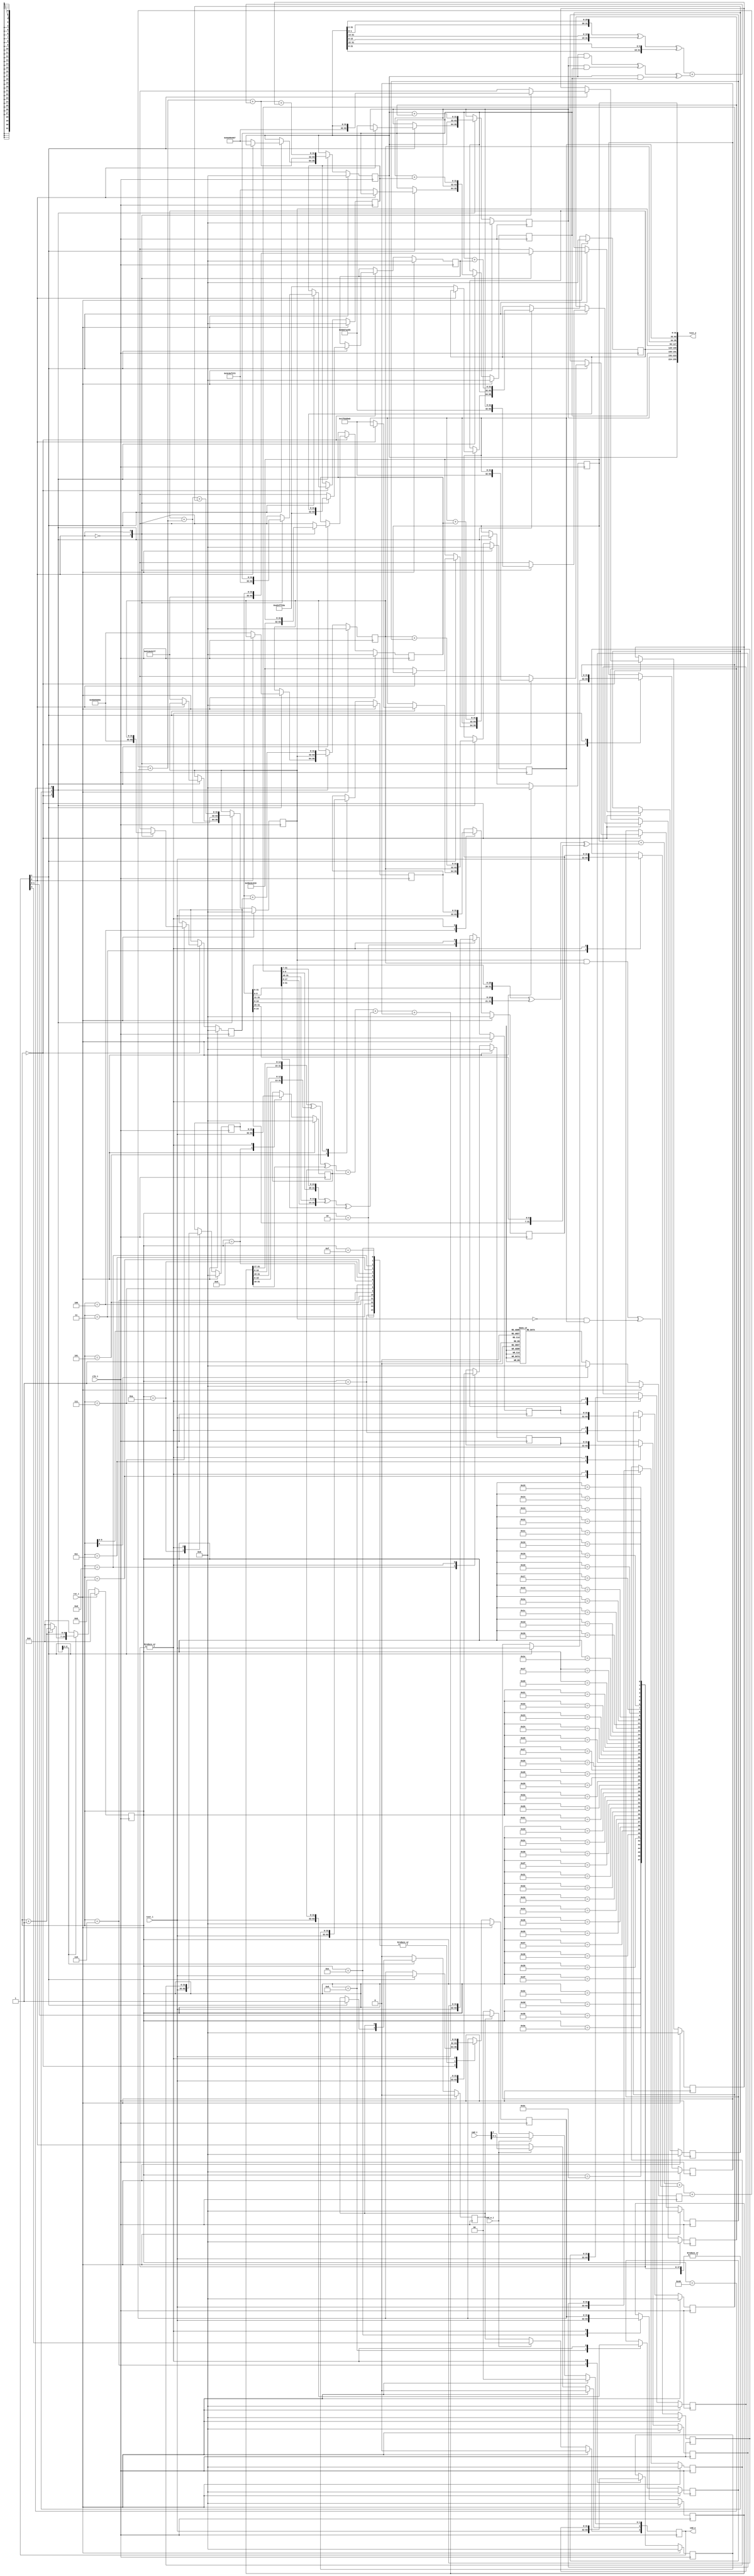
/////////////////////////////////////////////////////////////////////
////                                                             ////
////  SHA-256                                                    ////
////  Secure Hash Algorithm (SHA-256)                            ////
////                                                             ////
////          marsgod@opencores.org                              ////
////                                                             ////
////                                                             ////
////  Downloaded from: http://www.opencores.org/cores/sha_core/  ////
////                                                             ////
/////////////////////////////////////////////////////////////////////
////                                                             ////
//// Copyright (C) 2000-2002 marsgod                             ////
////                         marsgod@opencores.org               ////
////                                                             ////
////                                                             ////
//// This source file may be used and distributed without        ////
//// restriction provided that this copyright statement is not   ////
//// removed from the file and that any derivative work contains ////
//// the original copyright notice and the associated disclaimer.////
////                                                             ////
////     THIS SOFTWARE IS PROVIDED ``AS IS'' AND WITHOUT ANY     ////
//// EXPRESS OR IMPLIED WARRANTIES, INCLUDING, BUT NOT LIMITED   ////
//// TO, THE IMPLIED WARRANTIES OF MERCHANTABILITY AND FITNESS   ////
//// FOR A PARTICULAR PURPOSE. IN NO EVENT SHALL THE AUTHOR      ////
//// OR CONTRIBUTORS BE LIABLE FOR ANY DIRECT, INDIRECT,         ////
//// INCIDENTAL, SPECIAL, EXEMPLARY, OR CONSEQUENTIAL DAMAGES    ////
//// (INCLUDING, BUT NOT LIMITED TO, PROCUREMENT OF SUBSTITUTE   ////
//// GOODS OR SERVICES; LOSS OF USE, DATA, OR PROFITS; OR        ////
//// BUSINESS INTERRUPTION) HOWEVER CAUSED AND ON ANY THEORY OF  ////
//// LIABILITY, WHETHER IN  CONTRACT, STRICT LIABILITY, OR TORT  ////
//// (INCLUDING NEGLIGENCE OR OTHERWISE) ARISING IN ANY WAY OUT  ////
//// OF THE USE OF THIS SOFTWARE, EVEN IF ADVISED OF THE         ////
//// POSSIBILITY OF SUCH DAMAGE.                                 ////
////                                                             ////
/////////////////////////////////////////////////////////////////////

`define SHA256_H0 32'h6a09e667
`define SHA256_H1 32'hbb67ae85
`define SHA256_H2 32'h3c6ef372
`define SHA256_H3 32'ha54ff53a
`define SHA256_H4 32'h510e527f
`define SHA256_H5 32'h9b05688c
`define SHA256_H6 32'h1f83d9ab
`define SHA256_H7 32'h5be0cd19

`define K00 32'h428a2f98
`define K01 32'h71374491
`define K02 32'hb5c0fbcf
`define K03 32'he9b5dba5
`define K04 32'h3956c25b
`define K05 32'h59f111f1
`define K06 32'h923f82a4
`define K07 32'hab1c5ed5
`define K08 32'hd807aa98
`define K09 32'h12835b01
`define K10 32'h243185be
`define K11 32'h550c7dc3
`define K12 32'h72be5d74
`define K13 32'h80deb1fe
`define K14 32'h9bdc06a7
`define K15 32'hc19bf174
`define K16 32'he49b69c1
`define K17 32'hefbe4786
`define K18 32'h0fc19dc6
`define K19 32'h240ca1cc
`define K20 32'h2de92c6f
`define K21 32'h4a7484aa
`define K22 32'h5cb0a9dc
`define K23 32'h76f988da
`define K24 32'h983e5152
`define K25 32'ha831c66d
`define K26 32'hb00327c8
`define K27 32'hbf597fc7
`define K28 32'hc6e00bf3
`define K29 32'hd5a79147
`define K30 32'h06ca6351
`define K31 32'h14292967
`define K32 32'h27b70a85
`define K33 32'h2e1b2138
`define K34 32'h4d2c6dfc
`define K35 32'h53380d13
`define K36 32'h650a7354
`define K37 32'h766a0abb
`define K38 32'h81c2c92e
`define K39 32'h92722c85
`define K40 32'ha2bfe8a1
`define K41 32'ha81a664b
`define K42 32'hc24b8b70
`define K43 32'hc76c51a3
`define K44 32'hd192e819
`define K45 32'hd6990624
`define K46 32'hf40e3585
`define K47 32'h106aa070
`define K48 32'h19a4c116
`define K49 32'h1e376c08
`define K50 32'h2748774c
`define K51 32'h34b0bcb5
`define K52 32'h391c0cb3
`define K53 32'h4ed8aa4a
`define K54 32'h5b9cca4f
`define K55 32'h682e6ff3
`define K56 32'h748f82ee
`define K57 32'h78a5636f
`define K58 32'h84c87814
`define K59 32'h8cc70208
`define K60 32'h90befffa
`define K61 32'ha4506ceb
`define K62 32'hbef9a3f7
`define K63 32'hc67178f2

module sha256 (clk_i, rst_i, text_i, text_o, cmd_i, cmd_w_i, cmd_o);

        input           clk_i;  // global clock input
        input           rst_i;  // global reset input , active high
        
        input   [31:0]  text_i; // text input 32bit
        output  [255:0]  text_o; // text output 256bit
        
        input   [2:0]   cmd_i;  // command input
        input           cmd_w_i;// command input write enable
        output  [3:0]   cmd_o;  // command output(status)

        /*
                cmd
                Busy Round W R

                bit3 bit2  bit1 bit0
                Busy Round W    R
                
                Busy:
                0       idle
                1       busy
                
                Round:
                0       first round
                1       internal round
                
                W:
                0       No-op
                1       write data
                
                R:
                0       No-op
                1       read data
				
				// ECE4530 Modifications
				
				- To start the hash function, cmd_i is set to 3'b010 and cmd_w_i is set to 1 for one clock cycle.
				- At the same clock cycle cmd_w_i changes to 0, the first input must be given.
				- The 16 input words (32-bits each) must be provided back to back for 16 cycles.
				- The bit cmd_o[3] gives the status of the hash function. It changes to 1 after the second word is read.
				  When cmd_o[3] equals to 0 again, the hash function is finished and it gives the 256-bit output at the 
				  port text_o.
				
				
                        
        */
        

        reg     [3:0]   cmd;
        wire    [3:0]   cmd_o;
        
        reg     [255:0]  text_o;
        
        reg     [6:0]   round;
        wire    [6:0]   round_plus_1;
        
        reg     [2:0]   read_counter;
        
        reg     [31:0]  H0,H1,H2,H3,H4,H5,H6,H7;
        reg     [31:0]  W0,W1,W2,W3,W4,W5,W6,W7,W8,W9,W10,W11,W12,W13,W14;
        reg     [31:0]  Wt,Kt;
        reg     [31:0]  A,B,C,D,E,F,G,H;

        reg             busy;
        
        assign cmd_o = cmd;
        always @ (posedge clk_i)
        begin
                if (rst_i)
                        cmd <= 'b0;
                else
                if (cmd_w_i)
                        cmd[2:0] <= cmd_i[2:0];         // busy bit can't write
                else
                begin
                        cmd[3] <= busy;                 // update busy bit
                        if (~busy)
                                cmd[1:0] <= 2'b00;      // hardware auto clean R/W bits
                end
        end
        
        wire [31:0] f1_EFG_32,f2_ABC_32,f3_A_32,f4_E_32,f5_W1_32,f6_W14_32,T1_32,T2_32;
        wire [31:0] next_Wt,next_E,next_A;
        wire [255:0] SHA256_result;
        
        assign f1_EFG_32 = (E & F) ^ (~E & G);

        assign f2_ABC_32 = (A & B) ^ (B & C) ^ (A & C);
        
        assign f3_A_32 = {A[1:0],A[31:2]} ^ {A[12:0],A[31:13]} ^ {A[21:0],A[31:22]};
        
        assign f4_E_32 = {E[5:0],E[31:6]} ^ {E[10:0],E[31:11]} ^ {E[24:0],E[31:25]};
        
        assign f5_W1_32 = {W1[6:0],W1[31:7]} ^ {W1[17:0],W1[31:18]} ^ {3'b000,W1[31:3]};
        
        assign f6_W14_32 = {W14[16:0],W14[31:17]} ^ {W14[18:0],W14[31:19]} ^ {10'b00_0000_0000,W14[31:10]};
        
        
        assign T1_32 = H[31:0] + f4_E_32 + f1_EFG_32 + Kt + Wt;
        
        assign T2_32 = f3_A_32 + f2_ABC_32;
        
        assign next_Wt = f6_W14_32 + W9[31:0] + f5_W1_32 + W0[31:0];
        assign next_E = D[31:0] + T1_32;
        assign next_A = T1_32 + T2_32;
        

        assign SHA256_result = {A,B,C,D,E,F,G,H};

        assign round_plus_1 = round + 1;
        
        //------------------------------------------------------------------    
        // SHA round
        //------------------------------------------------------------------
        always @(posedge clk_i)
        begin
                if (rst_i)
                begin
                        round <= 'd0;
                        busy <= 'b0;

                        W0  <= 'b0;
                        W1  <= 'b0;
                        W2  <= 'b0;
                        W3  <= 'b0;
                        W4  <= 'b0;
                        W5  <= 'b0;
                        W6  <= 'b0;
                        W7  <= 'b0;
                        W8  <= 'b0;
                        W9  <= 'b0;
                        W10 <= 'b0;
                        W11 <= 'b0;
                        W12 <= 'b0;
                        W13 <= 'b0;
                        W14 <= 'b0;
                        Wt  <= 'b0;
                        
                        A <= 'b0;
                        B <= 'b0;
                        C <= 'b0;
                        D <= 'b0;
                        E <= 'b0;
                        F <= 'b0;
                        G <= 'b0;
                        H <= 'b0;

                        H0 <= 'b0;
                        H1 <= 'b0;
                        H2 <= 'b0;
                        H3 <= 'b0;
                        H4 <= 'b0;
                        H5 <= 'b0;
                        H6 <= 'b0;
                        H7 <= 'b0;
                end
                else
                begin
                        case (round)
                        
                        'd0:
                                begin
                                        if (cmd[1])
                                        begin
                                                W0 <= text_i;
                                                Wt <= text_i;
                                                busy <= 'b1;
                                                round <= round_plus_1;
                                                
                                                case (cmd[2])
                                                        1'b0:   // sha-256 first message
                                                                begin
                                                                        A <= `SHA256_H0;
                                                                        B <= `SHA256_H1;
                                                                        C <= `SHA256_H2;
                                                                        D <= `SHA256_H3;
                                                                        E <= `SHA256_H4;
                                                                        F <= `SHA256_H5;
                                                                        G <= `SHA256_H6;
                                                                        H <= `SHA256_H7;

                                                                        H0 <= `SHA256_H0;
                                                                        H1 <= `SHA256_H1;
                                                                        H2 <= `SHA256_H2;
                                                                        H3 <= `SHA256_H3;
                                                                        H4 <= `SHA256_H4;
                                                                        H5 <= `SHA256_H5;
                                                                        H6 <= `SHA256_H6;
                                                                        H7 <= `SHA256_H7;
                                                                end
                                                        1'b1:   // sha-256 internal message
                                                                begin
                                                                        H0 <= A;
                                                                        H1 <= B;
                                                                        H2 <= C;
                                                                        H3 <= D;
                                                                        H4 <= E;
                                                                        H5 <= F;
                                                                        H6 <= G;
                                                                        H7 <= H;
                                                                end
                                                endcase
                                        end
                                        else
                                        begin   // IDLE
                                                round <= 'd0;
                                        end
                                end
                        'd1:
                                begin
                                        W1 <= text_i;
                                        Wt <= text_i;
                                        
                                        H <= G;
                                        G <= F;
                                        F <= E;
                                        E <= next_E;
                                        D <= C;
                                        C <= B;
                                        B <= A;
                                        A <= next_A;
                                                
                                        round <= round_plus_1;
                                end
                        'd2:
                                begin
                                        W2 <= text_i;
                                        Wt <= text_i;
                                        
                                        H <= G;
                                        G <= F;
                                        F <= E;
                                        E <= next_E;
                                        D <= C;
                                        C <= B;
                                        B <= A;
                                        A <= next_A;
                                                
                                        round <= round_plus_1;
                                end
                        'd3:
                                begin
                                        W3 <= text_i;
                                        Wt <= text_i;
                                        
                                        H <= G;
                                        G <= F;
                                        F <= E;
                                        E <= next_E;
                                        D <= C;
                                        C <= B;
                                        B <= A;
                                        A <= next_A;
                                                
                                        round <= round_plus_1;
                                end
                        'd4:
                                begin
                                        W4 <= text_i;
                                        Wt <= text_i;
                                        
                                        H <= G;
                                        G <= F;
                                        F <= E;
                                        E <= next_E;
                                        D <= C;
                                        C <= B;
                                        B <= A;
                                        A <= next_A;
                                                
                                        round <= round_plus_1;
                                end
                        'd5:
                                begin
                                        W5 <= text_i;
                                        Wt <= text_i;
                                        
                                        H <= G;
                                        G <= F;
                                        F <= E;
                                        E <= next_E;
                                        D <= C;
                                        C <= B;
                                        B <= A;
                                        A <= next_A;
                                                
                                        round <= round_plus_1;
                                end
                        'd6:
                                begin
                                        W6 <= text_i;
                                        Wt <= text_i;
                                        
                                        H <= G;
                                        G <= F;
                                        F <= E;
                                        E <= next_E;
                                        D <= C;
                                        C <= B;
                                        B <= A;
                                        A <= next_A;
                                                
                                        round <= round_plus_1;
                                end
                        'd7:
                                begin
                                        W7 <= text_i;
                                        Wt <= text_i;
                                        
                                        H <= G;
                                        G <= F;
                                        F <= E;
                                        E <= next_E;
                                        D <= C;
                                        C <= B;
                                        B <= A;
                                        A <= next_A;
                                                
                                        round <= round_plus_1;
                                end
                        'd8:
                                begin
                                        W8 <= text_i;
                                        Wt <= text_i;
                                        
                                        H <= G;
                                        G <= F;
                                        F <= E;
                                        E <= next_E;
                                        D <= C;
                                        C <= B;
                                        B <= A;
                                        A <= next_A;
                                                
                                        round <= round_plus_1;
                                end
                        'd9:
                                begin
                                        W9 <= text_i;
                                        Wt <= text_i;
                                        
                                        H <= G;
                                        G <= F;
                                        F <= E;
                                        E <= next_E;
                                        D <= C;
                                        C <= B;
                                        B <= A;
                                        A <= next_A;
                                                
                                        round <= round_plus_1;
                                end
                        'd10:
                                begin
                                        W10 <= text_i;
                                        Wt <= text_i;
                                        
                                        H <= G;
                                        G <= F;
                                        F <= E;
                                        E <= next_E;
                                        D <= C;
                                        C <= B;
                                        B <= A;
                                        A <= next_A;
                                                
                                        round <= round_plus_1;
                                end
                        'd11:
                                begin
                                        W11 <= text_i;
                                        Wt <= text_i;
                                        
                                        H <= G;
                                        G <= F;
                                        F <= E;
                                        E <= next_E;
                                        D <= C;
                                        C <= B;
                                        B <= A;
                                        A <= next_A;
                                                
                                        round <= round_plus_1;
                                end
                        'd12:
                                begin
                                        W12 <= text_i;
                                        Wt <= text_i;
                                        
                                        H <= G;
                                        G <= F;
                                        F <= E;
                                        E <= next_E;
                                        D <= C;
                                        C <= B;
                                        B <= A;
                                        A <= next_A;
                                                
                                        round <= round_plus_1;
                                end
                        'd13:
                                begin
                                        W13 <= text_i;
                                        Wt <= text_i;
                                        
                                        H <= G;
                                        G <= F;
                                        F <= E;
                                        E <= next_E;
                                        D <= C;
                                        C <= B;
                                        B <= A;
                                        A <= next_A;
                                                
                                        round <= round_plus_1;
                                end
                        'd14:
                                begin
                                        W14 <= text_i;
                                        Wt <= text_i;
                                        
                                        H <= G;
                                        G <= F;
                                        F <= E;
                                        E <= next_E;
                                        D <= C;
                                        C <= B;
                                        B <= A;
                                        A <= next_A;
                                                
                                        round <= round_plus_1;
                                end
                        'd15:
                                begin
                                        Wt <= text_i;
                                        
                                        H <= G;
                                        G <= F;
                                        F <= E;
                                        E <= next_E;
                                        D <= C;
                                        C <= B;
                                        B <= A;
                                        A <= next_A;
                                                
                                        round <= round_plus_1;
                                end
                        'd16,
                        'd17,
                        'd18,
                        'd19,
                        'd20,
                        'd21,
                        'd22,
                        'd23,
                        'd24,
                        'd25,
                        'd26,
                        'd27,
                        'd28,
                        'd29,
                        'd30,
                        'd31,
                        'd32,
                        'd33,
                        'd34,
                        'd35,
                        'd36,
                        'd37,
                        'd38,
                        'd39,
                        'd40,
                        'd41,
                        'd42,
                        'd43,
                        'd44,
                        'd45,
                        'd46,
                        'd47,
                        'd48,
                        'd49,
                        'd50,
                        'd51,
                        'd52,
                        'd53,
                        'd54,
                        'd55,
                        'd56,
                        'd57,
                        'd58,
                        'd59,
                        'd60,
                        'd61,
                        'd62,
                        'd63:
                                begin
                                        W0  <= W1;
                                        W1  <= W2;
                                        W2  <= W3;
                                        W3  <= W4;
                                        W4  <= W5;
                                        W5  <= W6;
                                        W6  <= W7;
                                        W7  <= W8;
                                        W8  <= W9;
                                        W9  <= W10;
                                        W10 <= W11;
                                        W11 <= W12;
                                        W12 <= W13;
                                        W13 <= W14;
                                        W14 <= Wt;
                                        Wt  <= next_Wt;
                                        
                                        H <= G;
                                        G <= F;
                                        F <= E;
                                        E <= next_E;
                                        D <= C;
                                        C <= B;
                                        B <= A;
                                        A <= next_A;
                                                
                                        round <= round_plus_1;
                                end
                        'd64:
                                begin
                                        A <= next_A + H0;
                                        B <= A + H1;
                                        C <= B + H2;
                                        D <= C + H3;
                                        E <= next_E + H4;
                                        F <= E + H5;
                                        G <= F + H6;
                                        H <= G + H7;
                                        round <= 'd0;
                                        busy <= 'b0;
                                end
                        default:
                                begin
                                        round <= 'd0;
                                        busy <= 'b0;
                                end
                        endcase
                end     
        end 
        
        
        //------------------------------------------------------------------    
        // Kt generator
        //------------------------------------------------------------------    
        always @ (posedge clk_i)
        begin
                if (rst_i)
                begin
                        Kt <= 'b0;
                end
                else
                begin
                        case (round)
                                'd00:   Kt <= `K00;
                                'd01:   Kt <= `K01;
                                'd02:   Kt <= `K02;
                                'd03:   Kt <= `K03;
                                'd04:   Kt <= `K04;
                                'd05:   Kt <= `K05;
                                'd06:   Kt <= `K06;
                                'd07:   Kt <= `K07;
                                'd08:   Kt <= `K08;
                                'd09:   Kt <= `K09;
                                'd10:   Kt <= `K10;
                                'd11:   Kt <= `K11;
                                'd12:   Kt <= `K12;
                                'd13:   Kt <= `K13;
                                'd14:   Kt <= `K14;
                                'd15:   Kt <= `K15;
                                'd16:   Kt <= `K16;
                                'd17:   Kt <= `K17;
                                'd18:   Kt <= `K18;
                                'd19:   Kt <= `K19;
                                'd20:   Kt <= `K20;
                                'd21:   Kt <= `K21;
                                'd22:   Kt <= `K22;
                                'd23:   Kt <= `K23;
                                'd24:   Kt <= `K24;
                                'd25:   Kt <= `K25;
                                'd26:   Kt <= `K26;
                                'd27:   Kt <= `K27;
                                'd28:   Kt <= `K28;
                                'd29:   Kt <= `K29;
                                'd30:   Kt <= `K30;
                                'd31:   Kt <= `K31;
                                'd32:   Kt <= `K32;
                                'd33:   Kt <= `K33;
                                'd34:   Kt <= `K34;
                                'd35:   Kt <= `K35;
                                'd36:   Kt <= `K36;
                                'd37:   Kt <= `K37;
                                'd38:   Kt <= `K38;
                                'd39:   Kt <= `K39;
                                'd40:   Kt <= `K40;
                                'd41:   Kt <= `K41;
                                'd42:   Kt <= `K42;
                                'd43:   Kt <= `K43;
                                'd44:   Kt <= `K44;
                                'd45:   Kt <= `K45;
                                'd46:   Kt <= `K46;
                                'd47:   Kt <= `K47;
                                'd48:   Kt <= `K48;
                                'd49:   Kt <= `K49;
                                'd50:   Kt <= `K50;
                                'd51:   Kt <= `K51;
                                'd52:   Kt <= `K52;
                                'd53:   Kt <= `K53;
                                'd54:   Kt <= `K54;
                                'd55:   Kt <= `K55;
                                'd56:   Kt <= `K56;
                                'd57:   Kt <= `K57;
                                'd58:   Kt <= `K58;
                                'd59:   Kt <= `K59;
                                'd60:   Kt <= `K60;
                                'd61:   Kt <= `K61;
                                'd62:   Kt <= `K62;
                                'd63:   Kt <= `K63;
                                default:Kt <= 'd0;
                        endcase
                end
        end

        //------------------------------------------------------------------    
        // read result 
        //------------------------------------------------------------------    
        always @ (*)
        begin
                text_o = SHA256_result;
        end
        
endmodule